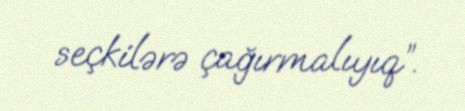
seçkilərə çağırmalıyıq”.